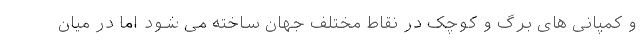
و کمپانی های برگ و کوچک در نقاط مختلف جهان ساخته می شود اما در میان